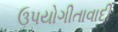
ઉપયોગીતાવાદી